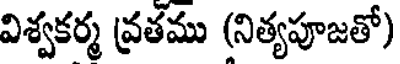
విశ్వకర్మ వ్రతము (నిత్యపూజతో)